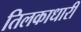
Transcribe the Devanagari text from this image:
तिलकाधारी